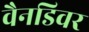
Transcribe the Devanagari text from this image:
वैनडिवर